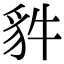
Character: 𧲤